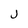
Character: j